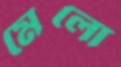
মেলো